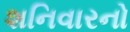
શનિવારનો